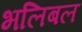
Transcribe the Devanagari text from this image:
भलिबल